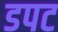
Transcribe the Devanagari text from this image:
डपट